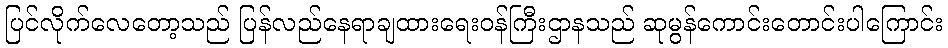
ပြင်လိုက်လေတော့သည် ပြန်လည်နေရာချထားရေးဝန်ကြီးဌာနသည် ဆုမွန်ကောင်းတောင်းပါကြောင်း